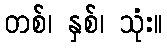
တစ်၊ နှစ်၊ သုံး။